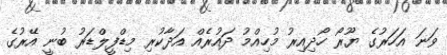
ވަނަ އަހަރުގެ ޔޫރޯ ހޯދިއިރު މުހިއްމު ދައުރެއް އަދާކުރި މިޑްފީލްޑަރު ބުނީ އޭރުގެ